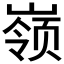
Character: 𱜇